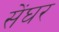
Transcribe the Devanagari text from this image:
सेंघर